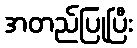
အတည်ပြုပြီး